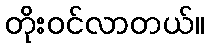
တိုးဝင်လာတယ်။